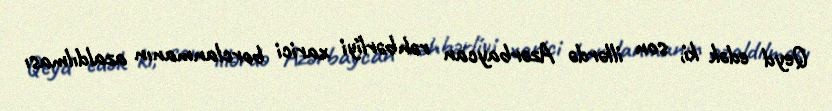
Qeyd edək ki, son illərdə Azərbaycan rəhbərliyi xarici borclanmanın azaldılması